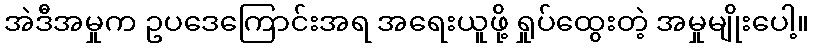
အဲဒီအမှုက ဥပဒေကြောင်းအရ အရေးယူဖို့ ရှုပ်ထွေးတဲ့ အမှုမျိုးပေါ့။